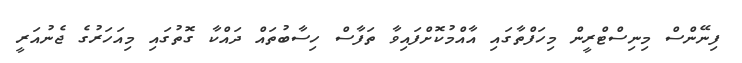
ފިނޭންސް މިނިސްޓްރީން މިހަފްތާގައި އާއްމުކޮށްފައިވާ ތަފާސް ހިސާބުތައް ދައްކާ ގޮތުގައި މިއަހަރުގެ ޖެނުއަރީ